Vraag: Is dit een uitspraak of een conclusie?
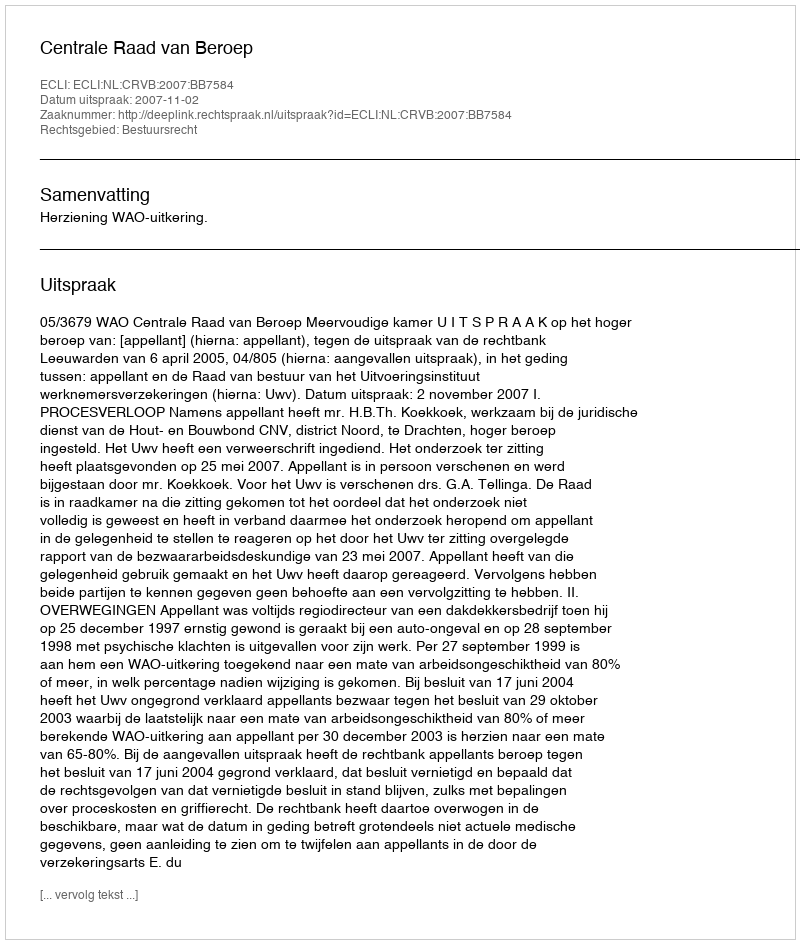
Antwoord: Uitspraak